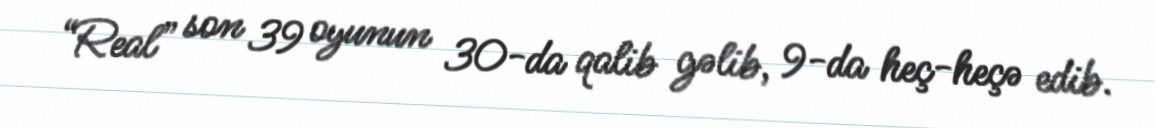
“Real” son 39 oyunun 30-da qalib gəlib, 9-da heç-heçə edib.